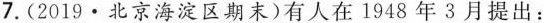
7.(2019·北京海淀区期末)有人在1948年3月提出：